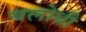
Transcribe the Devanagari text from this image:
बलोधी